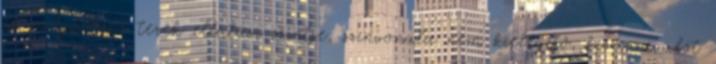
és szolgáltató terek ellátási szintje, színvonala nem kielégítő, kívánnivalót